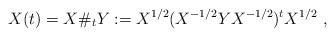
LaTeX: \begin{align*} X(t) = X\#_t Y := X^{1/2}(X^{-1/2}Y X^{-1/2})^tX^{1/2}\ , \end{align*}